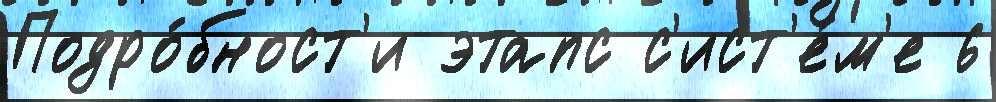
Подро́бност'и этапс с'ист'е́м'е 6